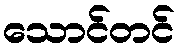
သောင်တင်